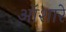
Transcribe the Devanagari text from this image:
ऑशारे